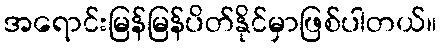
အရောင်းမြန်မြန်ပိတ်နိုင်မှာဖြစ်ပါတယ်။